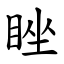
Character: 睉